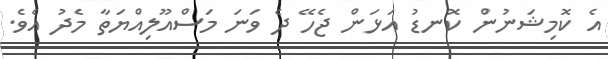
އެ ކޮމިޝަނުން ކޮނޑު އަޅަން ޖެހޭ ދެ ވަނަ މަސްއޫލިއްޔަތާ މެދު އެވެ.